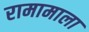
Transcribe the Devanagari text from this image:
रामामाला